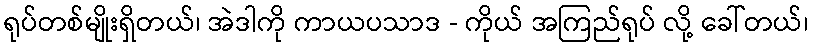
ရုပ်တစ်မျိုးရှိတယ်၊ အဲဒါကို ကာယပသာဒ - ကိုယ် အကြည်ရုပ် လို့ ခေါ်တယ်၊